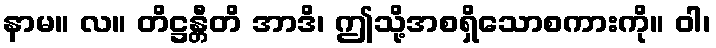
နာမ။ လ။ တိဋ္ဌန္တီတိ အာဒိ၊ ဤသို့အစရှိသောစကားကို။ ဝါ၊